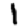
Digit: 1